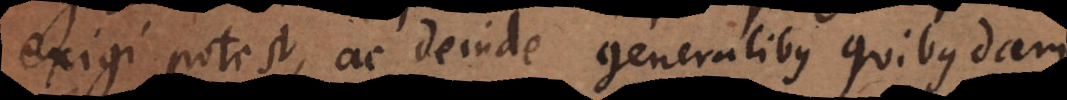
exigi potest, ac deinde generalibus quibusdam